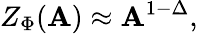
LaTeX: Z_{\Phi}({\cal{\mathbf{A}}})\approx{\cal{\mathbf{A}}}^{1-\Delta},